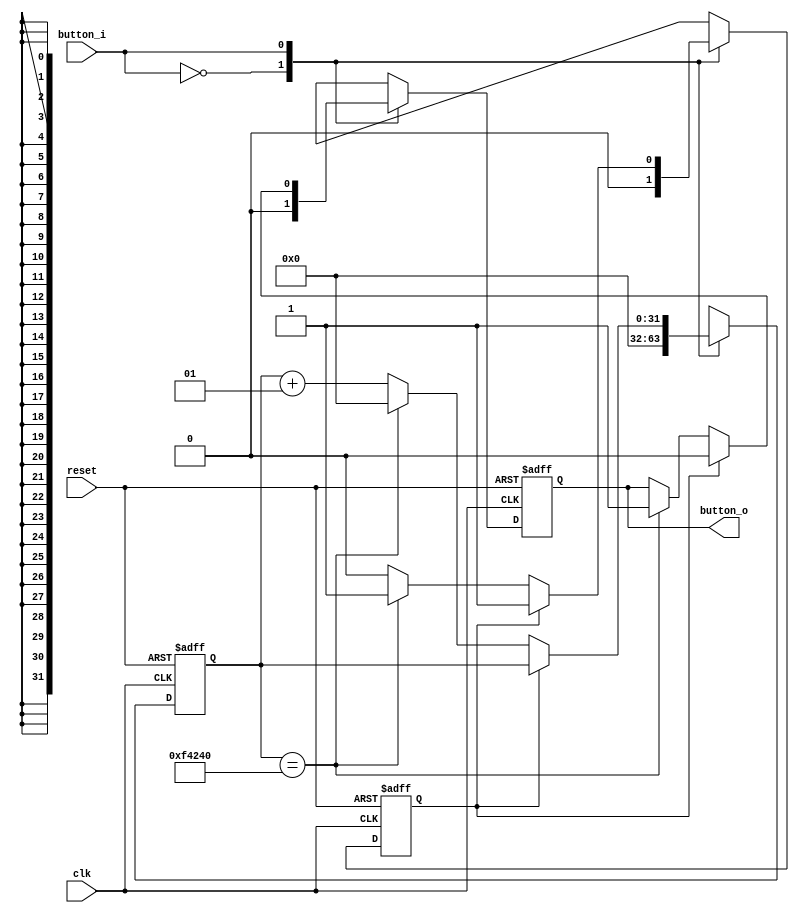
`timescale 1ns / 1ps


module debouncer(clk, reset, button_i, button_o);

    input clk, reset, button_i;
    output reg button_o;
    
    integer deb_count = 0;
    reg deb_count_start;
    reg output_exist;
    
    parameter MAX = 1000000;
    
    always@(posedge clk or negedge reset) begin
        if (!reset) begin
            button_o <= 0;
            deb_count <= 0;
            deb_count_start <= 0;
            output_exist <= 0;
        end else begin
        case(button_i)
            0: {button_o, deb_count, deb_count_start, output_exist} = 0;
            1: if (output_exist==0) begin
                   if (deb_count_start==0) begin
                        deb_count_start <= 1;
                        deb_count <= deb_count + 1;
                            if (deb_count==MAX) begin
                                button_o <= 1;
                                deb_count_start <= 0;
                                deb_count <= 0;
                                output_exist <= 1; end end
                    else begin
                        deb_count <= deb_count + 1;
                        if (deb_count==MAX) begin
                            button_o <= 1;
                            deb_count_start <= 0;
                            deb_count <= 0;
                            output_exist <= 1; end
                    end //else
              end else
              button_o <= 0;
         endcase
         end //else
    end //always
    
endmodule